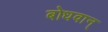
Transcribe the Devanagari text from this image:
बोधवान्